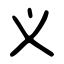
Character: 义